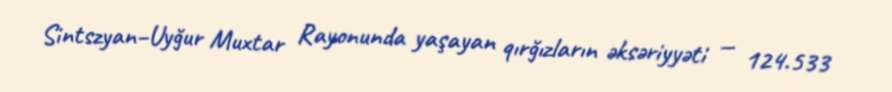
Sintszyan–Uyğur Muxtar Rayonunda yaşayan qırğızların əksəriyyəti — 124.533